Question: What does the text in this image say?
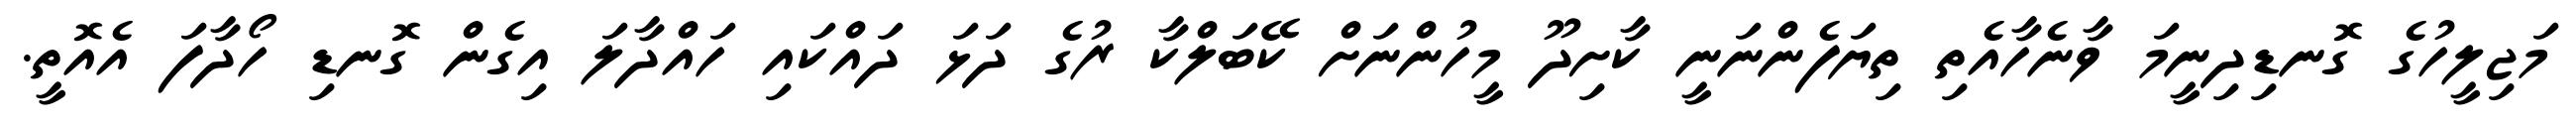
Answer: މަޖިލީހުގެ ގޮނޑިދިނީމަ ވާނެހާއެތި ތިޔަފެންނަނީ ކާށިދޫ މީހުންނަށް ކޭބަލްކާ ރުގެ ދަޅަ ދައްކައި ހައްދާލަ އިގެން ގޮނޑި ހޯދާފަ އެއޮތީ.